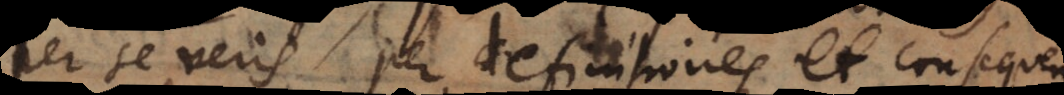
per se veris per definitiones et conseque